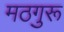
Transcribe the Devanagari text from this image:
मठगुरू